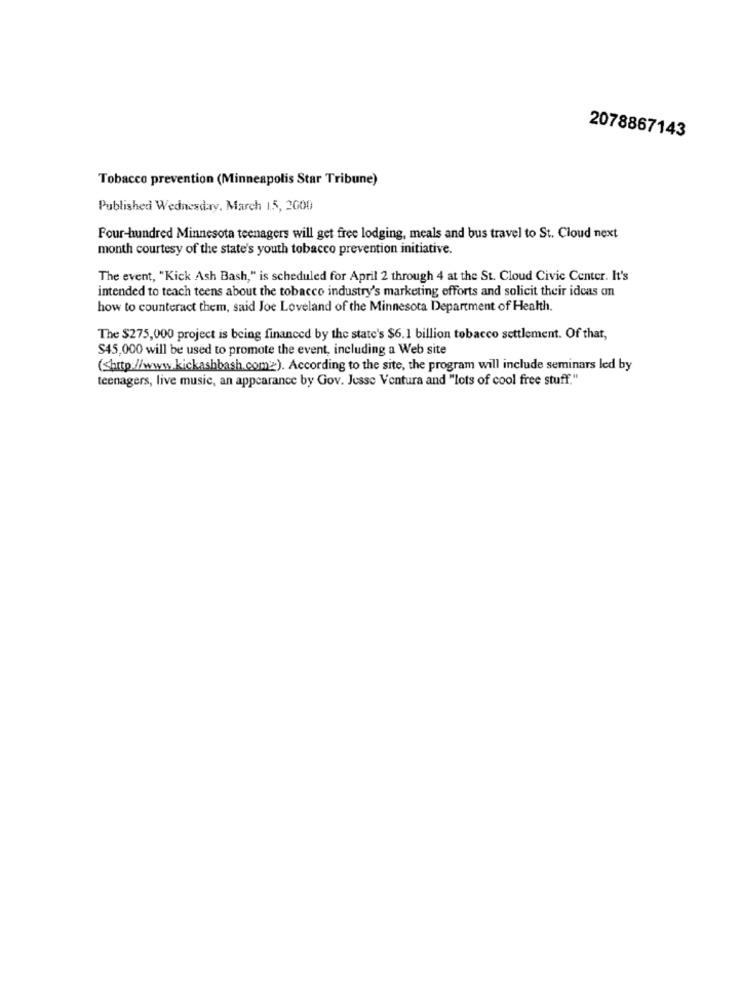
2078867143
Tobacco prevention (Minneapolis Star Tribune)
Published Wednesday, March 1.5, 2000
Four-hundred Minnesota teenagers will get free lodging, meals and bus travel to St. Cloud next
month courtesy of the state's youth tobacco prevention initiative.
The event, "Kick Ash Bash," is scheduled for April 2 through 4 at the St. Cloud Civic Center. It's
intended to teach teens about the tobacco industry's marketing efforts and solicit their ideas on
how to counteract them, said Joe Loveland of the Minnesota Department of Health.
The $275,000 project is being financed by the state's $6.1 billion tobacco settlement. Of that,
S45,000 will be used to promote the event, including a Web site
(shttp://www.kickashbash.comz). According to the site, the program will include seminars led by
teenagers, live music, an appearance by Gov. Jesse Ventura and "lots of cool free stuff."